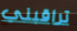
تراقبني